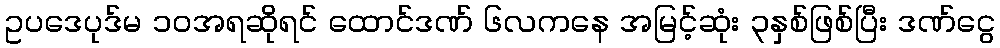
ဥပဒေပုဒ်မ ၁၀အရဆိုရင် ထောင်ဒဏ် ၆လကနေ အမြင့်ဆုံး ၃နှစ်ဖြစ်ပြီး ဒဏ်ငွေ